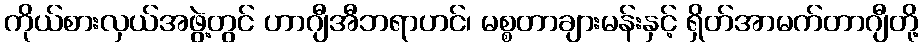
ကိုယ်စားလှယ်အဖွဲ့တွင် ဟာဂျီအီဘရာဟင်၊ မစ္စတာချားမန်းနှင့် ရှိတ်အာမက်တာဂျီတို့